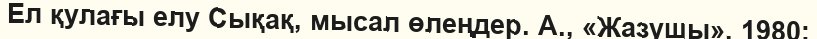
Ел қулағы елу Сықақ, мысал өлеңдер. А., «Жазушы», 1980;